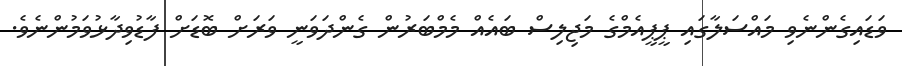
ވަަޑައިގެންނެވި މައްސަލާގައި ޕީޕީއެމްގެ މަޖިލިސް ބައެއް މެމްބަރުން ގެންދަވަނީ ވަރަށް ބޮޑަށް ފާޑުވިދާޅުވަމުންނެވެ.